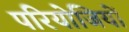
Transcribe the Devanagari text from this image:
परियोजियों